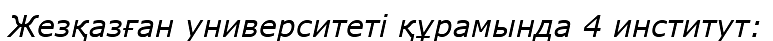
Жезқазған университеті құрамында 4 институт: